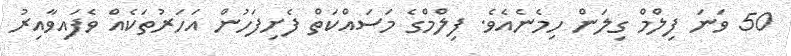
50 ވަނަ ފިލްމް ގިލަން ހިމެނެއެވެ. ފިލްމްގެ މަސައްކަތް ފެށިފަހުން އަހަރުތަކެއް ވެފައިވާއިރު